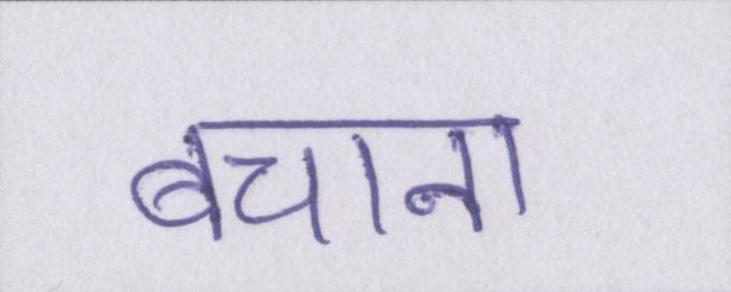
बचाना